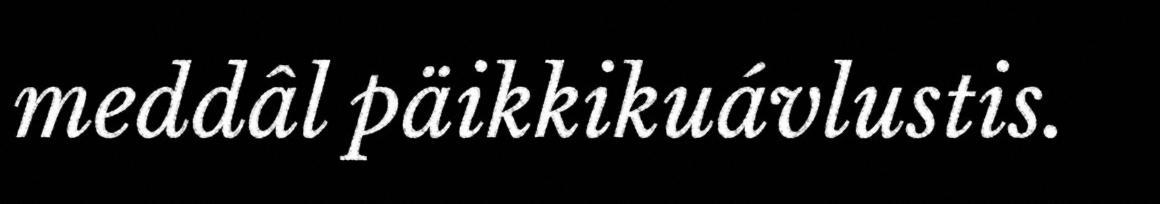
meddâl päikkikuávlustis.